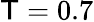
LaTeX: \mathsf{T}=0.7